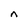
Character: n